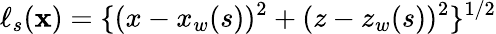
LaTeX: \ell_{s}({\mathbf{x}})=\{ (x-x_{w}(s))^{2}+(z-z_{w}(s))^{2}\} ^{1/2}